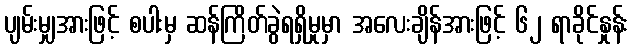
ပျမ်းမျှအားဖြင့် စပါးမှ ဆန်ကြိတ်ခွဲရရှိမှုမှာ အလေးချိန်အားဖြင့် ၆၂ ရာခိုင်နှုန်း